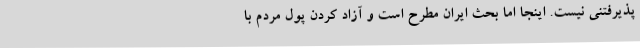
پذیرفتنی نیست. اینجا اما بحث ایران مطرح است و آزاد کردن پول مردم با